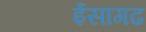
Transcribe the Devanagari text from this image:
ईसागढ